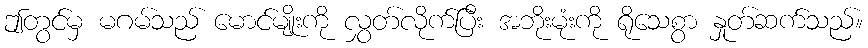
ဤတွင်မှ မဂမ်သည် မောင်မျိုးကို လွှတ်လိုက်ပြီး အဘိုးမုံးကို ရိုသေစွာ နှုတ်ဆက်သည်။